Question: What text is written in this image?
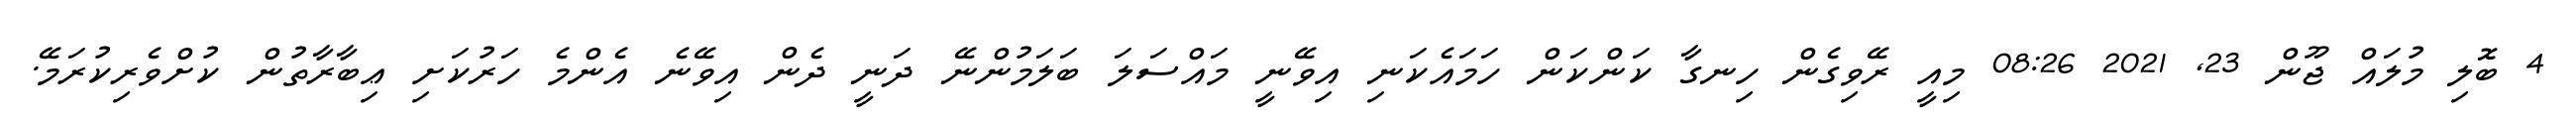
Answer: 4 ބޮލި މުލައް ޖޫން 23, 2021 08:26 މިއީ ރޭވިގެން ހިނގާ ކަންކަން ހަމައެކަނި އިވޭނީ މައްސަލަ ބަލަމުންނޭ ދަނީ ދެން އިވޭނެ އެންމެ ހަރުކަށި ޢިބާރާތުން ކުށްވެރިކުރަމޭ.